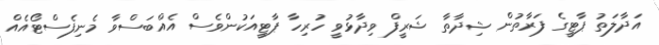
އަދާލަތު ޕާޓީގެ ފަރާތުން ޝިދާތާ ޝަރީފް ވިދާޅުވީ ހުރިހާ ޕާޓީއަކުންވެސް އެއްބަސްވާ މެނިފެސްޓޯއެއް